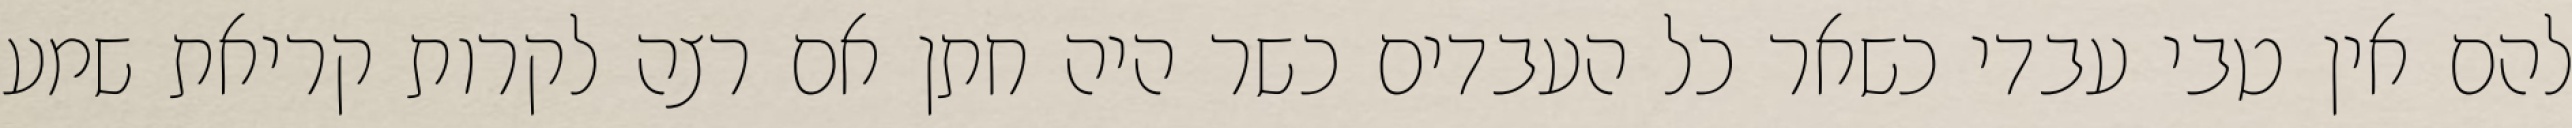
להם אין טבי עבדי כשאר כל העבדים כשר היה חתן אם רצה לקרות קריאת שמע